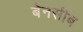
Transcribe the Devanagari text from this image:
बेनसीब